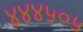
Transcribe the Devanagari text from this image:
४४४५०५